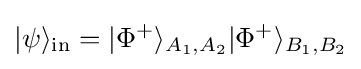
|\psi \rangle _{\rm {in}}=|\Phi ^{+}\rangle _{A_{1},A_{2}}|\Phi ^{+}\rangle _{B_{1},B_{2}}